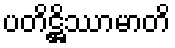
ပတိဋ္ဌိဿာမာတိ